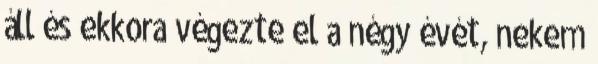
áll és ekkora végezte el a négy évét, nekem